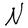
Character: N